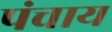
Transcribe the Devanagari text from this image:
पंचाय